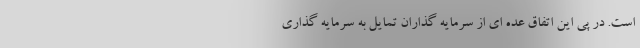
است. در پی این اتفاق عده ای از سرمایه گذاران تمایل به سرمایه گذاری